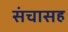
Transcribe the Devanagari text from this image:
संचासह